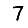
Digit: 7